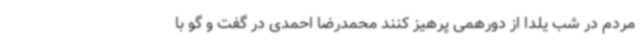
مردم در شب یلدا از دورهمی پرهیز کنند محمدرضا احمدی در گفت و گو با